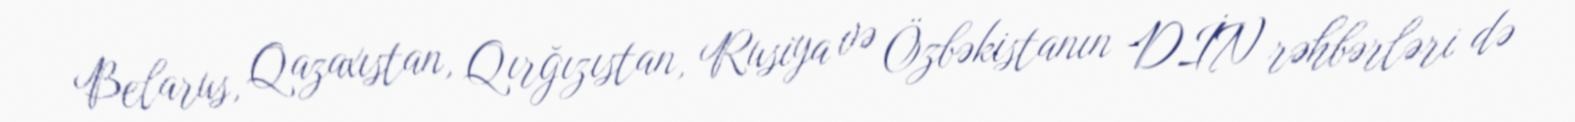
Belarus, Qazaxıstan, Qırğızıstan, Rusiya və Özbəkistanın DİN rəhbərləri də